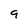
Character: 9